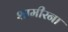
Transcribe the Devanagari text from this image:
शामीरना